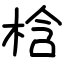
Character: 梒